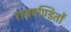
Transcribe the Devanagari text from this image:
राजपण्डितों